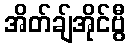
အိတ်ချ်အိုင်ဗွီ